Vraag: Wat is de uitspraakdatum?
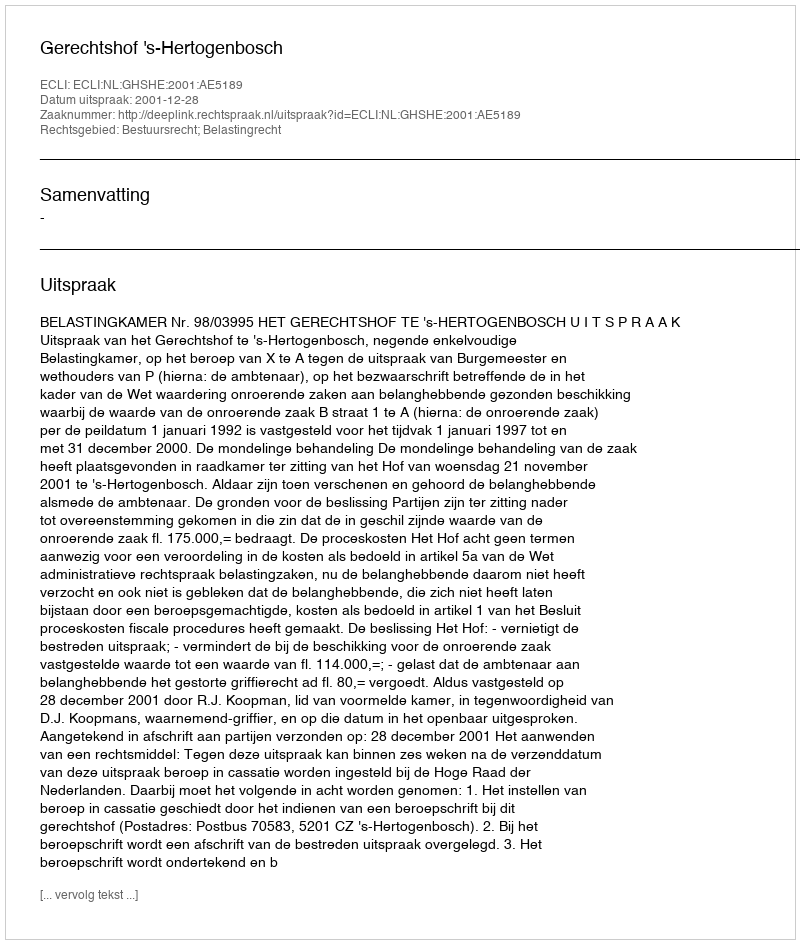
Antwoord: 2001-12-28